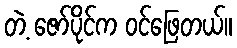
တဲ့ ဇော်ပိုင်က ဝင်ဖြေတယ်။